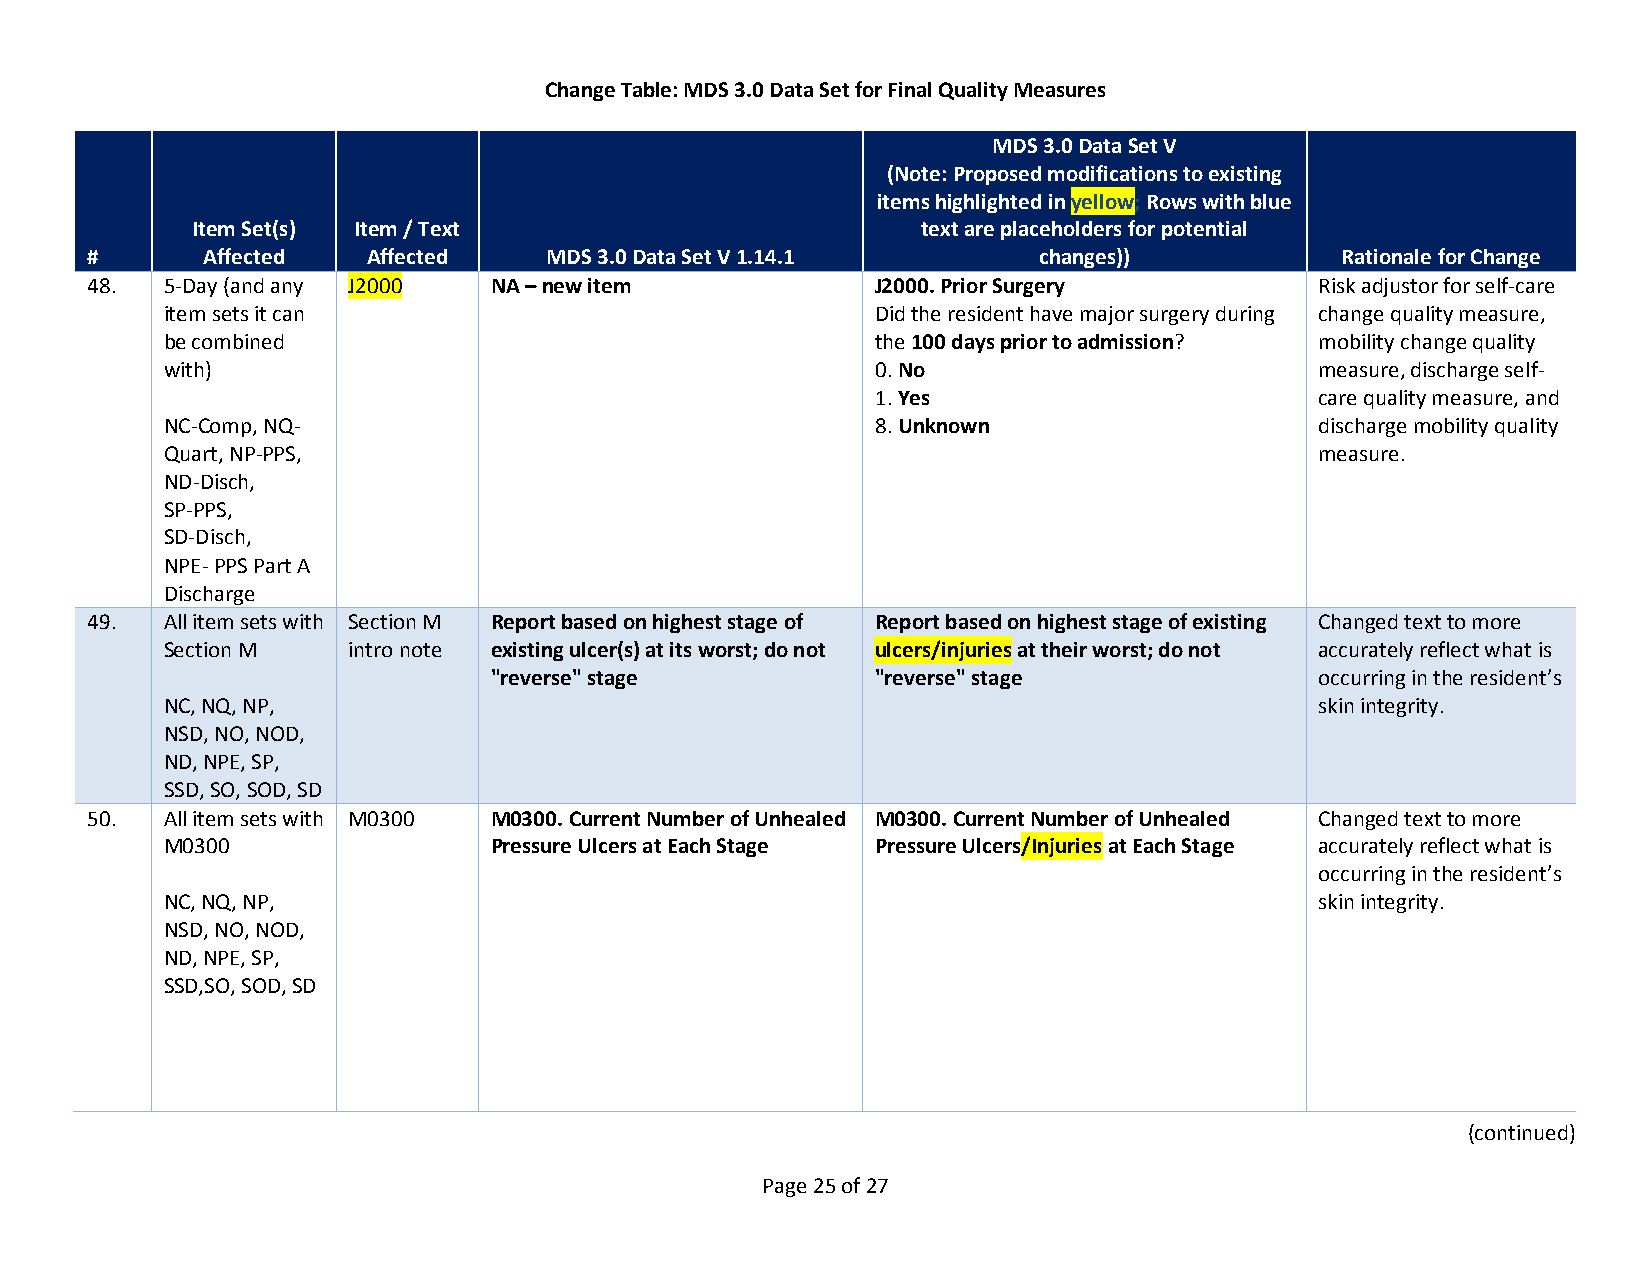
Change Table: MDS 3.0 Data Set for Final Quality Measures
 MDS 3.0 Data Set V
 (Note: Proposed modifications to existing
 items highlighted in yellow; Rows with blue
 Item Set(s) Item / Text                         text are placeholders for potential
 #      Affected   Affected    MDS 3.0 Data Set V 1.14.1        changes))           Rationale for Change
 48.  5-Day (and any J2000 NA – new item             J2000. Prior Surgery         Risk adjustor for self-care
 item sets it can                               Did the resident have major surgery during change quality measure,
 be combined                                    the 100 days prior to admission? mobility change quality
 with)                                          0. No                        measure, discharge self-
 1. Yes                       care quality measure, and
 NC-Comp, NQ-                                   8. Unknown                   discharge mobility quality
 Quart, NP-PPS,                                                              measure.
 ND-Disch,
 SP-PPS,
 SD-Disch,
 NPE- PPS Part A
 Discharge
 49.  All item sets with Section M Report based on highest stage of Report based on highest stage of existing Changed text to more
 Section M   intro note existing ulcer(s) at its worst; do not ulcers/injuries at their worst; do not accurately reflect what is
 "reverse" stage           "reverse" stage              occurring in the resident’s
 NC, NQ, NP,                                                                 skin integrity.
 NSD, NO, NOD,
 ND, NPE, SP,
 SSD, SO, SOD, SD
 50.  All item sets with M0300 M0300. Current Number of Unhealed M0300. Current Number of Unhealed Changed text to more
 M0300                Pressure Ulcers at Each Stage Pressure Ulcers/Injuries at Each Stage accurately reflect what is
 occurring in the resident’s
 NC, NQ, NP,                                                                 skin integrity.
 NSD, NO, NOD,
 ND, NPE, SP,
 SSD,SO, SOD, SD
 (continued)
 Page 25 of 27